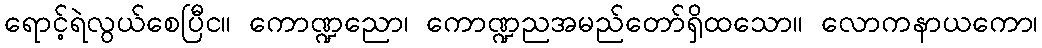
ရောင့်ရဲလွယ်စေပြီင။ ကောဏ္ဍညော၊ ကောဏ္ဍညအမည်တော်ရှိထသော။ လောကနာယကော၊